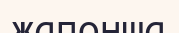
жапонша